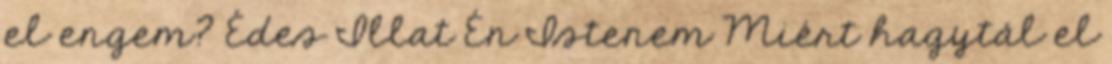
el engem? Édes Illat Én Istenem Miért hagytál el